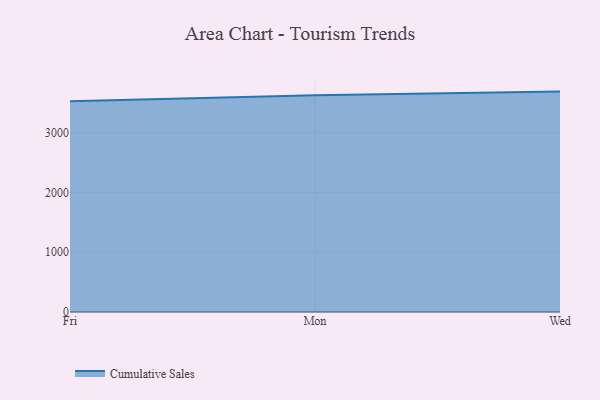
{"axis": {"x": "Day", "y": "Shipments"}, "legend": ["Cumulative Sales"], "data": [{"x": "Fri", "y": 3524.3, "type": "Cumulative Sales"}, {"x": "Mon", "y": 3625.8, "type": "Cumulative Sales"}, {"x": "Wed", "y": 3687.3, "type": "Cumulative Sales"}]}